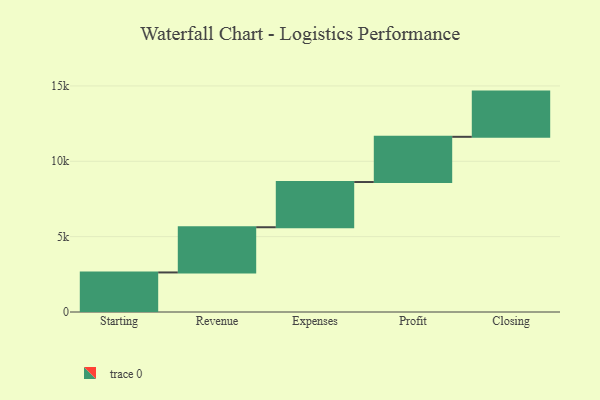
{"axis": {"x": "Step", "y": "Value"}, "legend": [""], "data": [{"x": "Starting", "y": 2624.0, "type": ""}, {"x": "Revenue", "y": 3000, "type": ""}, {"x": "Expenses", "y": 3000, "type": ""}, {"x": "Profit", "y": 3000, "type": ""}, {"x": "Closing", "y": 3000, "type": ""}]}